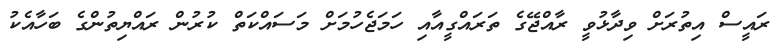
ރައީސް އިތުރަށް ވިދާޅުވީ ރާއްޖޭގެ ތަރައްގީއާއި ހަމަޖެހުމަށް މަސައްކަތް ކުރުން ރައްޔިތުންގެ ބަހާއެކު